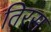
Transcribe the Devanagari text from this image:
तिरस